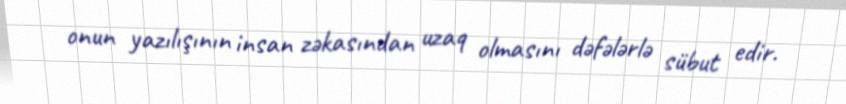
onun yazılışının insan zəkasından uzaq olmasını dəfələrlə sübut edir.